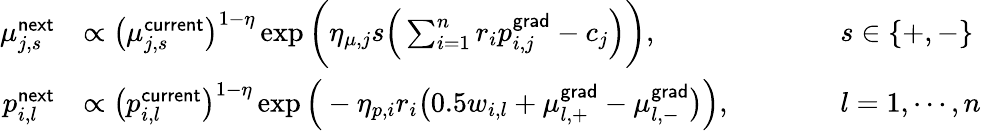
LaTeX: \begin{array}{rlrl}{\mu_{j,s}^{\mathsf{next}}}&{\propto\big(\mu_{j,s}^{\mathsf{current}}\big)^{1-\eta}\exp\bigg(\eta_{\mu,j}s\Big(\sum_{i=1}^{n}r_{i}p_{i,j}^{\mathsf{grad}}-c_{j}\Big)\bigg),\qquad}&&{s\in\{ +,-\} }\\ {p_{i,l}^{\mathsf{next}}}&{\propto\big(p_{i,l}^{\mathsf{current}}\big)^{1-\eta}\exp\Big(-\eta_{p,i}r_{i}\big(0.5w_{i,l}+\mu_{l,+}^{\mathsf{grad}}-\mu_{l,-}^{\mathsf{grad}}\big)\Big),\qquad}&&{l=1,\cdots,n}\end{array}